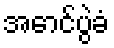
အောင်ပွဲခံ